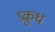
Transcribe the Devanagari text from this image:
प्रक्रुध